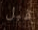
قبل